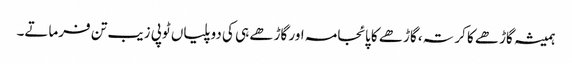
ہمیشہ گاڑھے کا کرتہ، گاڑھے کا پائجامہ اور گاڑھے ہی کی دوپلیاں ٹوپی زیب تن فرماتے۔